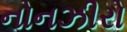
નોનઝીરો